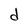
Character: d